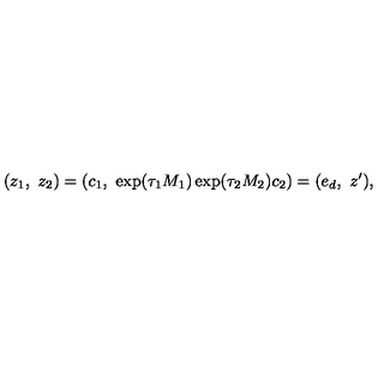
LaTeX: ( z _ { 1 } , \ z _ { 2 } ) = ( c _ { 1 } , \ \exp ( \tau _ { 1 } M _ { 1 } ) \exp ( \tau _ { 2 } M _ { 2 } ) c _ { 2 } ) = ( e _ { d } , \ z ^ { \prime } ) ,